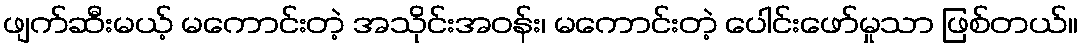
ဖျက်ဆီးမယ့် မကောင်းတဲ့ အသိုင်းအဝန်း၊ မကောင်းတဲ့ ပေါင်းဖော်မှုသာ ဖြစ်တယ်။